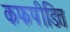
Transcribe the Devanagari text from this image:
कफपीडित